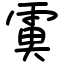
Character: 𩃙